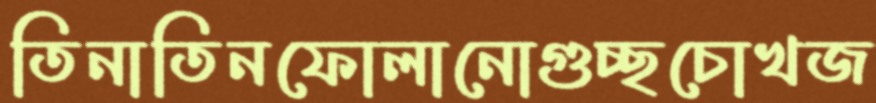
তিনাতিনফোলানোগুচ্ছচোখজ